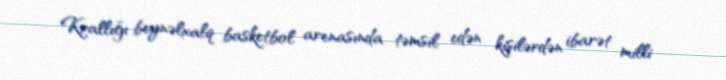
Krallığı beynəlxalq basketbol arenasında təmsil edən kişilərdən ibarət milli